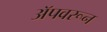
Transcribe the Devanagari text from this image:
अॅपवरून